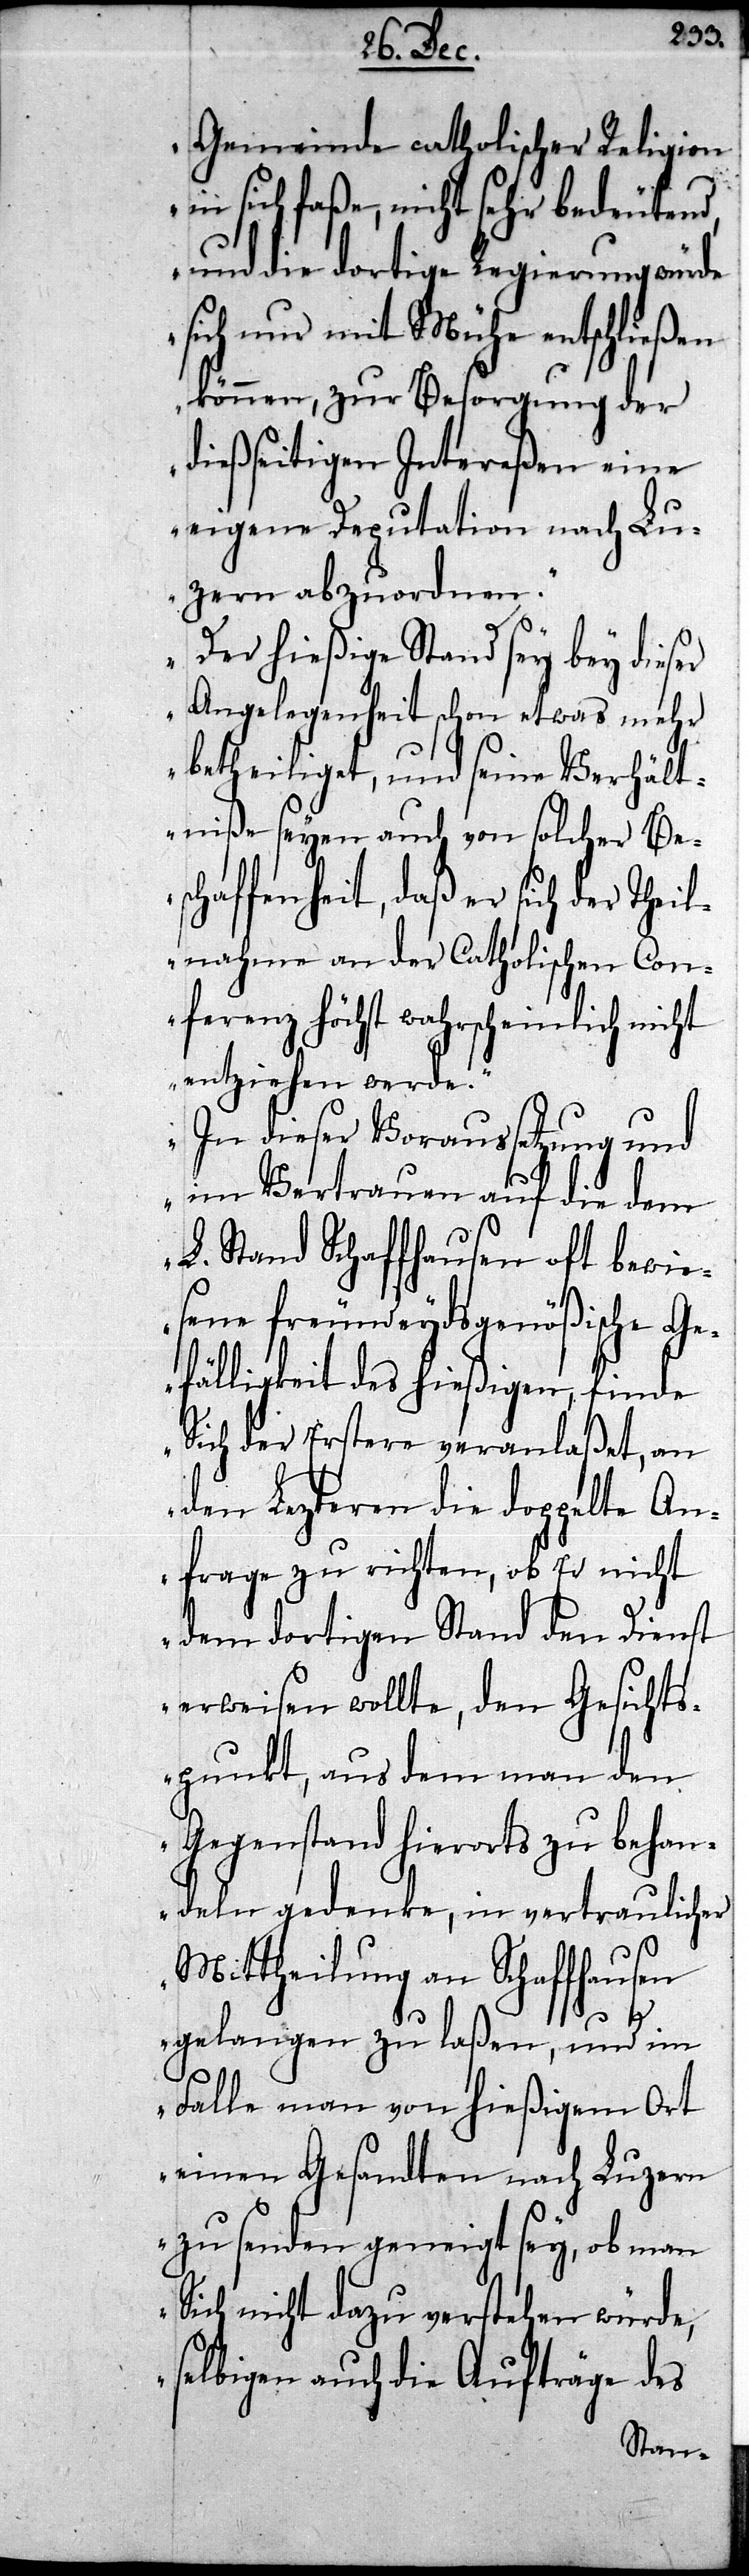
Gemeinde catholischer Religion
in sich faße, nicht sehr bedeutend,
und die dortige Regierung würde
sich nur mit Mühe entschließen
können, zur Besorgung der
dießseitigen Intereßen eine
eigene Deputation nach Lu¬
zern abzuordnen.
Der hießige Stand sey bey dieser
Angelegenheit schon etwas mehr
betheiliget, und seine Verhält¬
niße seyen auch von solcher Bes¬
chaffenheit, daß er sich der Thei¬
lnahme an der Catholischen Con¬
ferenz höchst wahrscheinlich nic¬
entziehen werde.
In dieser Voraussetzung und
im Vertrauen auf die dem
L. Stand Schaffhausen oft bewie¬
sene freundeydsgenößische Ge¬
fälligkeit des hießigen, finde
Sich der Erstere veranlaßet, an
den Lezteren die doppelte An¬
frage zu richten, ob Er nicht
dem dortigen Stand den Dienst
erweisen wollte, den Gesichts¬
punkt, aus dem man den
Gegenstand hierorts zu behan¬
deln gedenke, in vertraulicher
Mittheilung an Schaffhausen
ht
gelangen zu laßen, und im
Falle man von hießigem Ort
einen Gesandten nach Luzern
zu senden geneigt sey, ob man
Sich nicht dazu verstehen würde,
selbigen auch die Aufträge des